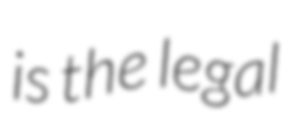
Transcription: is the legal